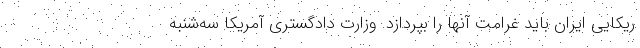
ریکایی ایران باید غرامت آنها را بپردازد. وزارت دادگستری آمریکا سه‌شنبه